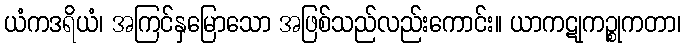
ယံကဒရိယံ၊ အကြင်နှမြောသော အဖြစ်သည်လည်းကောင်း။ ယာကဋုကဉ္စုကတာ၊